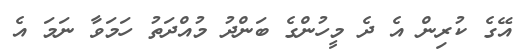
އޭގެ ކުރިން އެ ދެ މީހުންގެ ބަންދު މުއްދަތު ހަމަވާ ނަމަ އެ